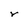
Character: r